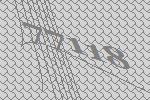
77118